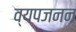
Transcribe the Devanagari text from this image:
व्‍यपजनन